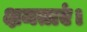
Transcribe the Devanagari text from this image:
क्षमताएं।